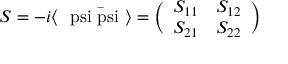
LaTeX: S = - i \langle \mathrm { \boldmath ~ \ p s i \bar { \ p s i } ~ } \rangle = \biggl ( \begin{array} { c r } { { S _ { 1 1 } } } & { { S _ { 1 2 } } } \\ { { S _ { 2 1 } } } & { { S _ { 2 2 } } } \end{array} \biggr )